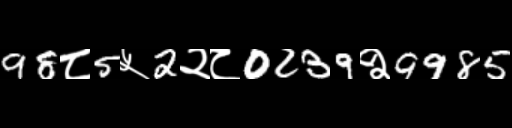
Text: 98८5५2२८0239२9985